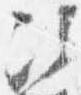
次